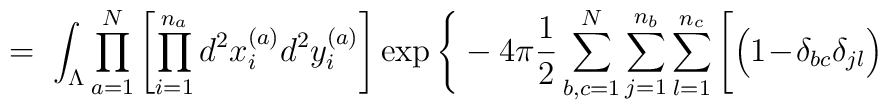
= \; \int_{\Lambda} \prod_{a=1}^N \left[ \prod_{i=1}^{n_a}d^2x_{i}^{(a)} d^2y_{i}^{(a)} \right] \exp \Bigg\{-4 \pi \frac{1}{2} \sum_{b,c=1}^N \sum_{j=1}^{n_b} \sum_{l=1}^{n_c}\Bigg[ \Big(1\!-\!\delta_{bc}\delta_{jl}\Big)